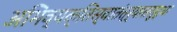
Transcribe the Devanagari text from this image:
अभिव्यक्तिस्वातंत्र्याससुद्धा